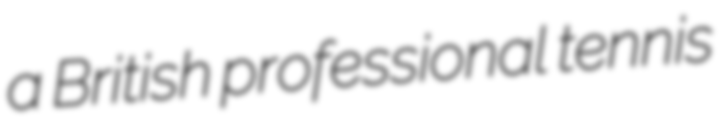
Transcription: a British professional tennis